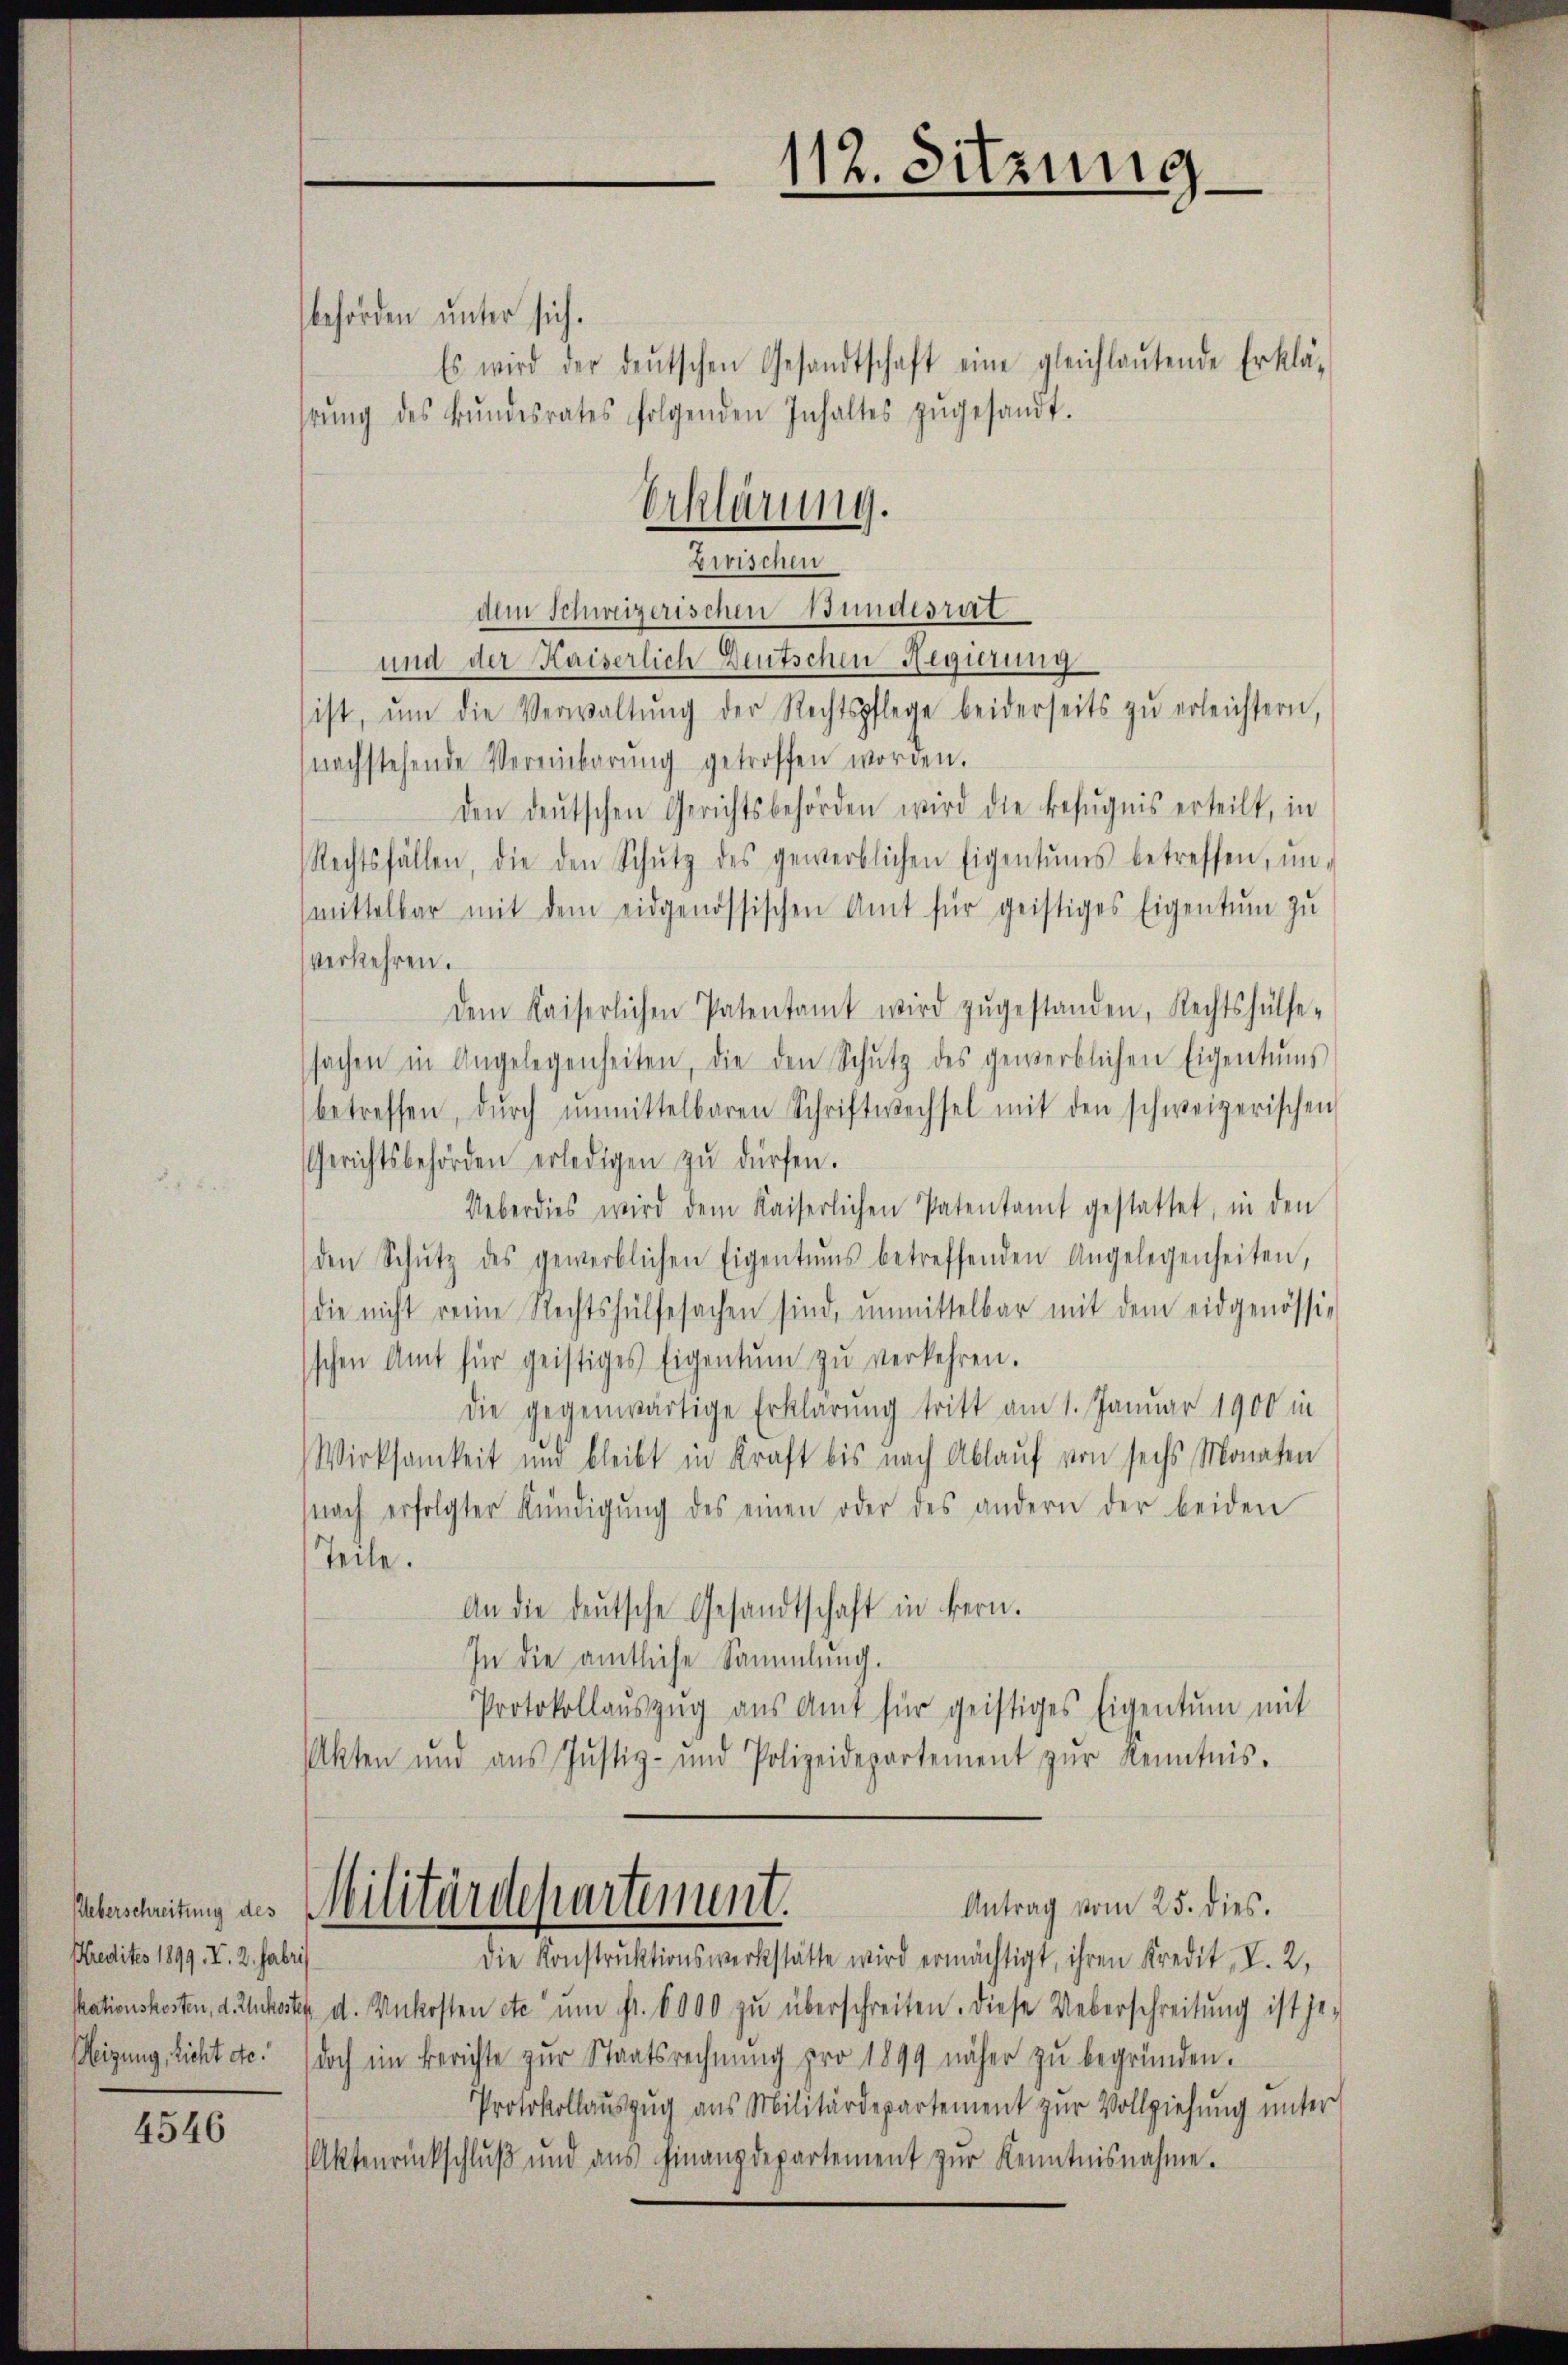
Ueberschreitung des
Predites 1899. I. 2. Fabri
eizung, Licht etc.

4546

behörden unter sich.
Es wird der deŭtschen Gesandtschaft eine gleichlautende Erklä-
hrŭng des Bŭndesrates folgenden Inhaltes zŭgesandt.
Zwischen
dem Schweizerischen Bundesrat
und der Kaiserlich Deutschen Regierung
ist, ŭm die Verwaltŭng der Rechtspflege beiderseits zŭ erleichtern,
nachstehende Vereinbarŭng getroffen worden.
den deutschen Gerichtsbehörden wird die Befugnis erteilt, in
Rechtsfällen, die den Schŭtz des gewerblichen Eigentums betreffen, ŭn-
mittelbar mit dem eidgenössischen Amt für geistiges Eigentum zu
verkehren.
dem Kaiserlichen Patentamt wird zŭgestanden, Rechtshülfe-
sachen in Angelegenheiten, die den Schŭtz des gewerblichen Eigentums
betreffen, dŭrch ŭnmittelbaren Schriftwechsel mit den schweizerischen
Gerichtsbehörden erledigen zŭ dürfen.
Ueberdies wird dem Kaiserlichen Patentamt gestattet, in den
den Schŭtz des gewerblichen Eigentums betreffenden Angelegenheiten,
die nicht reine Rechtshülfesachen sind, unmittelbar mit dem eidgenössig
schen Amt für geistiges Eigentum zŭ verkehren.
die gegenwärtige Erklärung tritt am 1. Januar 1900 in
Wirksamkeit und bleibt in Kraft bis nach Ablauf von sechs Monaten
(nach erfolgter Kündigŭng des einen oder des andern der beiden
Teile.
An die deutsche Gesandtschaft in Bern.
In die amtliche Sammlung.
Protokollaŭszŭg aŭs Amt für geistiges Eigentum mit
Akten und ans Justiz- und Polizeidepartement zŭr Kenntnis.
Militärdepartement.
Antrag vom 25. dies.
Die Konstruktionswerkstätte wird ermächtigt, ihren Kredit I. 2,
kationskosten, d. Zuckosten d. Unkosten etc ŭm fr. 6000 zŭ überschreiten. Diese Ueberschreitung ist je-
doch im Berichte zur Staatsrechnung pro 1899 näher zŭ begründen.
Protokollauszug aus Militärdepartement zur Vollziehung unter
Aktenrückschluß und ans Finanzdepartement zŭr Kenntnisnahme.

Erklärung.

112. Sitzung.